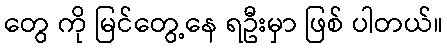
တွေ ကို မြင်တွေ့နေ ရဦးမှာ ဖြစ် ပါတယ်။